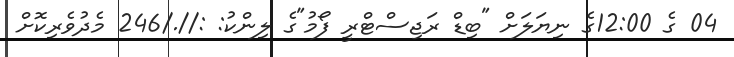
04 ގެ 12:00ގެ ނިޔަލަށް "ބިޑް ރަޖިސްޓްރީ ފޯމު"ގެ ލިންކު: ://./246 މެދުވެރިކޮށް